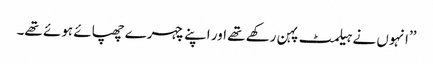
’’انہوں نے ہیلمٹ پہن رکھے تھے اور اپنے چہرے چھپائے ہوئے تھے۔